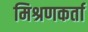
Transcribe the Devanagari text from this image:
मिश्रणकर्ता